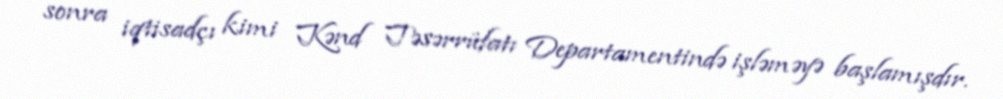
sonra iqtisadçı kimi Kənd Təsərrüfatı Departamentində işləməyə başlamışdır.